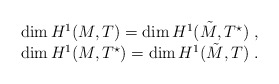
\begin{align*}\begin{array}{c} \dim H^1(M,T) = \dim H^1(\tilde M, T^\star)~,\\ \dim H^1(M, T^\star) = \dim H^1(\tilde M,T)~. \end{array}\end{align*}